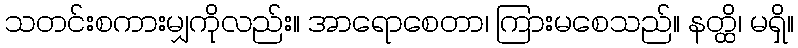
သတင်းစကားမျှကိုလည်း။ အာရောစေတာ၊ ကြားမစေသည်။ နတ္ထိ၊ မရှိ။